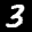
Label: 3